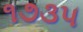
૧૭૩૫